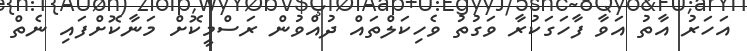
އަހަރު އާތު އަވާ ފާހަގަކުރާ ވަގުތު ވެހިކަލްތައް ދުއްވުން ރަސްމީކޮށް މަނާކޮށްފައި ނެތް